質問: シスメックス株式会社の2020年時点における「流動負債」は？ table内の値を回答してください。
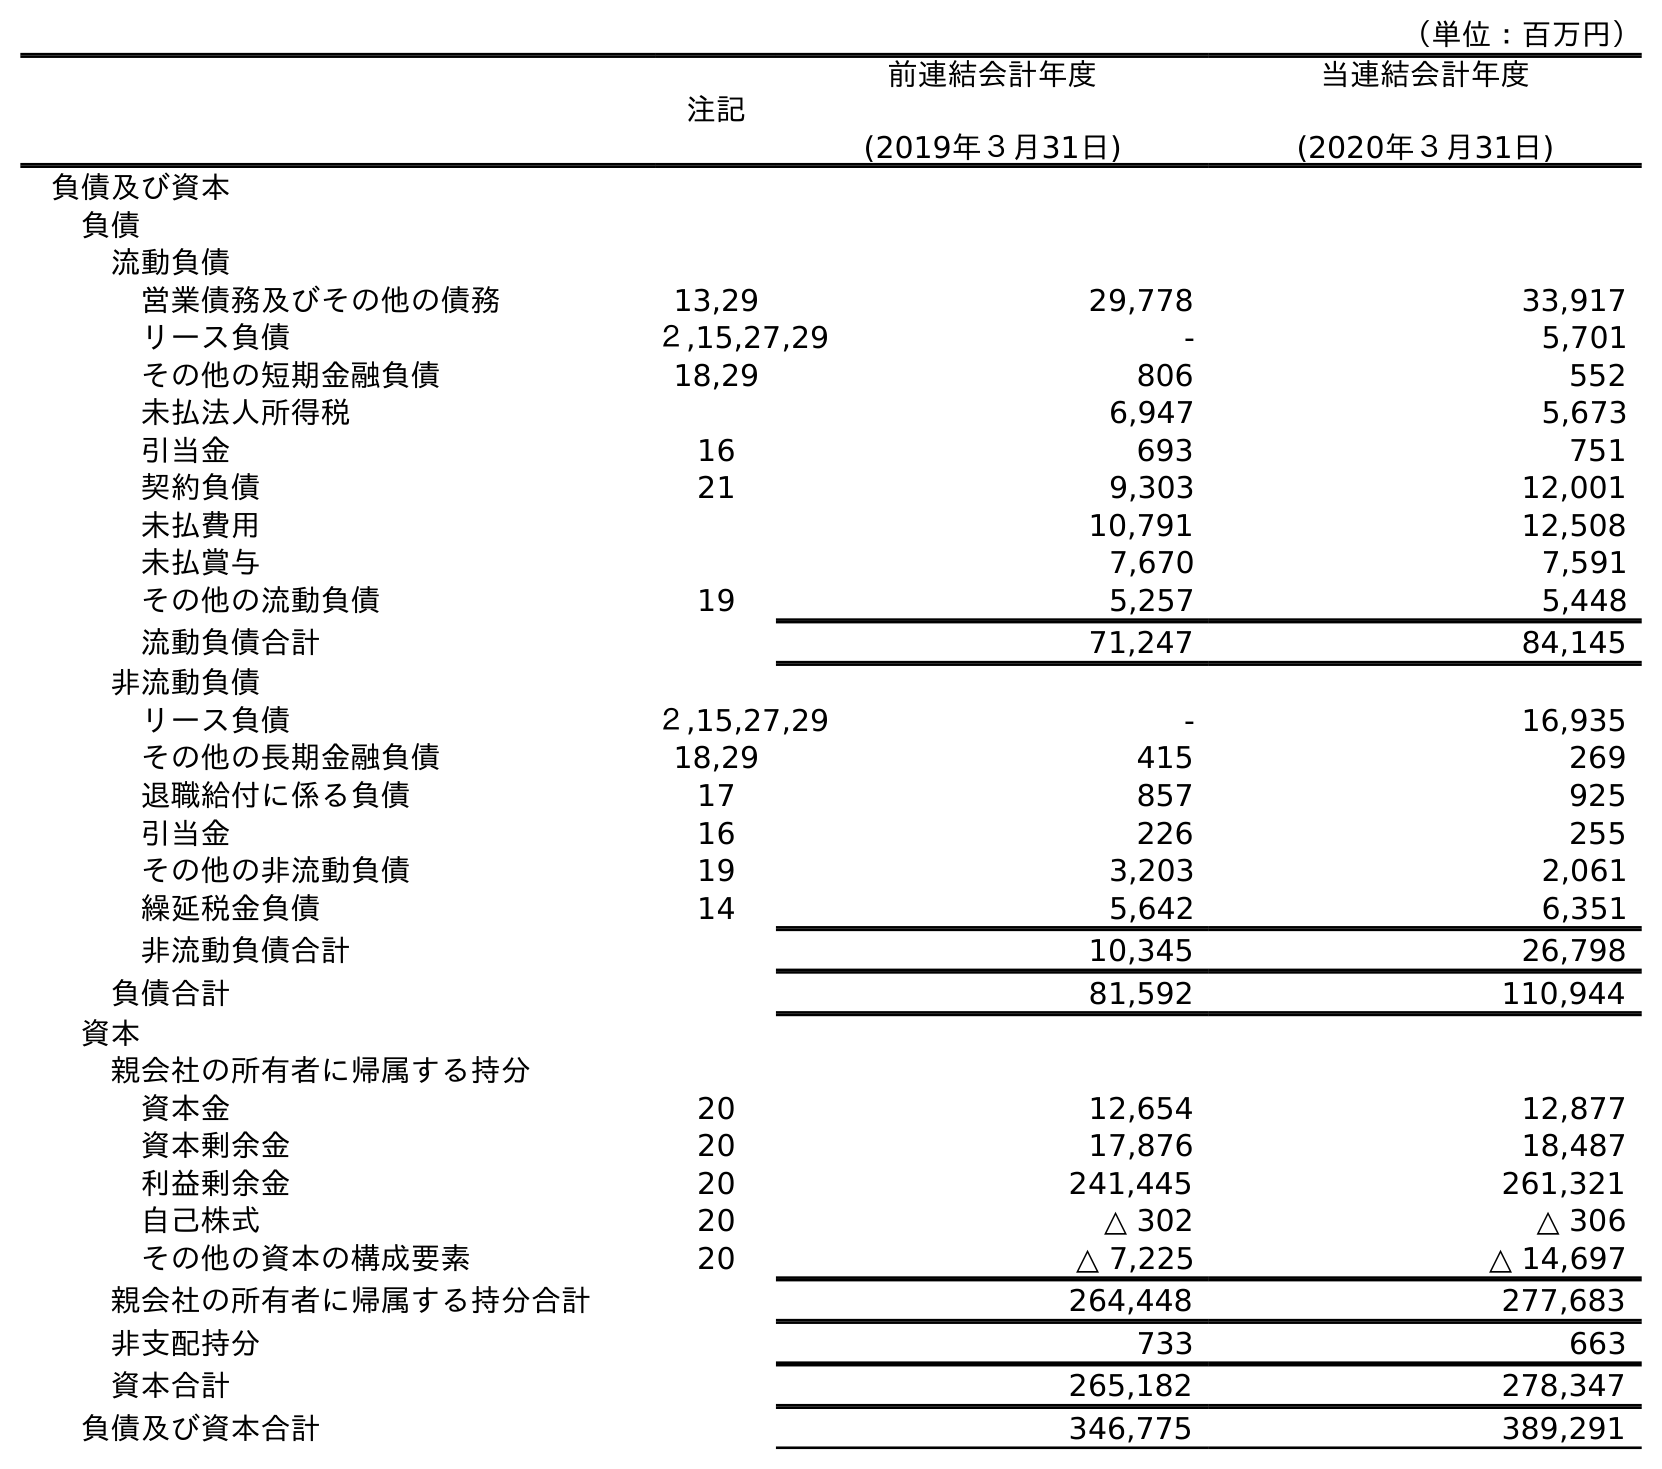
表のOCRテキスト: （単位：百万円） 注記 前連結会計年度 (2019年３月31日) 当連結会計年度 (2020年３月31日) 負債及び資本 負債 流動負債 営業債務及びその他の債務 13,29 29,778 33,917 リース負債 ２,15,27,29 - 5,701 その他の短期金融負債 18,29 806 552 未払法人所得税 6,947 5,673 引当金 16 693 751 契約負債 21 9,303 12,001 未払費用 10,791 12,508 未払賞与 7,670 7,591 その他の流動負債 19 5,257 5,448 流動負債合計 71,247 84,145 非流動負債 リース負債 ２,15,27,29 - 16,935 その他の長期金融負債 18,29 415 269 退職給付に係る負債 17 857 925 引当金 16 226 255 その他の非流動負債 19 3,203 2,061 繰延税金負債 14 5,642 6,351 非流動負債合計 10,345 26,798 負債合計 81,592 110,944 資本 親会社の所有者に帰属する持分 資本金 20 12,654 12,877 資本剰余金 20 17,876 18,487 利益剰余金 20 241,445 261,321 自己株式 20 △ 302 △ 306 その他の資本の構成要素 20 △ 7,225 △ 14,697 親会社の所有者に帰属する持分合計 264,448 277,683 非支配持分 733 663 資本合計 265,182 278,347 負債及び資本合計 346,775 389,291
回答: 84,145